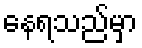
နေရသည်မှာ